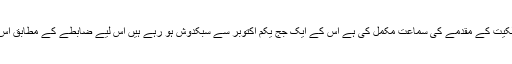
الہ آباد ہائی کورٹ کی جس بنچ نے بابری مسجد کی ملکیت کے مقدمے کی سماعت مکمل کی ہے اس کے ایک جج یکم اکتوبر سے سبکدوش ہو رہے ہیں اس لیے ضابطے کے مطابق اس مقدمے کا فیصلہ 30 ستمبر تک دے دیا جانا چاہیئے۔